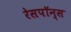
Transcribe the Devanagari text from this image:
रेसपॉन्स